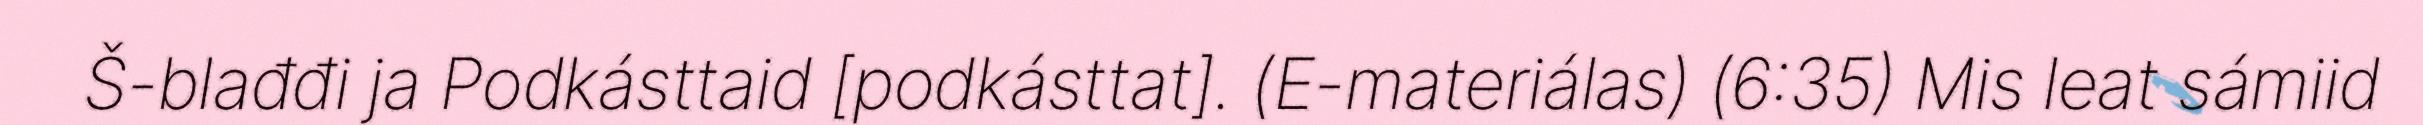
Š-blađđi ja Podkásttaid [podkásttat]. (E-materiálas) (6:35) Mis leat sámiid